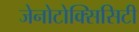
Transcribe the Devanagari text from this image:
जेनोटोक्सिसिटी